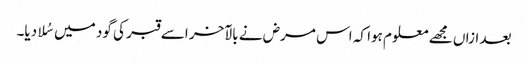
بعد ازاں مجھے معلوم ہوا کہ اس مرض نے بالآخر اسے قبر کی گود میں سُلا دیا۔